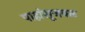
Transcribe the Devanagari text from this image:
पाहांसूजवळ